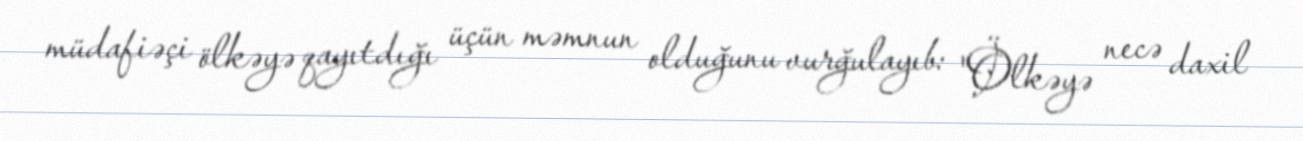
müdafiəçi ölkəyə qayıtdığı üçün məmnun olduğunu vurğulayıb: "Ölkəyə necə daxil